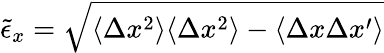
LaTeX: \tilde{\epsilon}_{x}=\sqrt{\langle\Delta x^{2}\rangle\langle\Delta x^{2}\rangle-\langle\Delta x\Delta x^{\prime}\rangle}